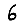
Digit: 6